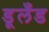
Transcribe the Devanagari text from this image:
डूलँड